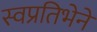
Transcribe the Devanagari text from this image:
स्वप्रतिभेने